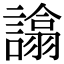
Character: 𧬈